Annual administration report of the Civil Veterinary Department of India - 1894-1895
Year: 1894
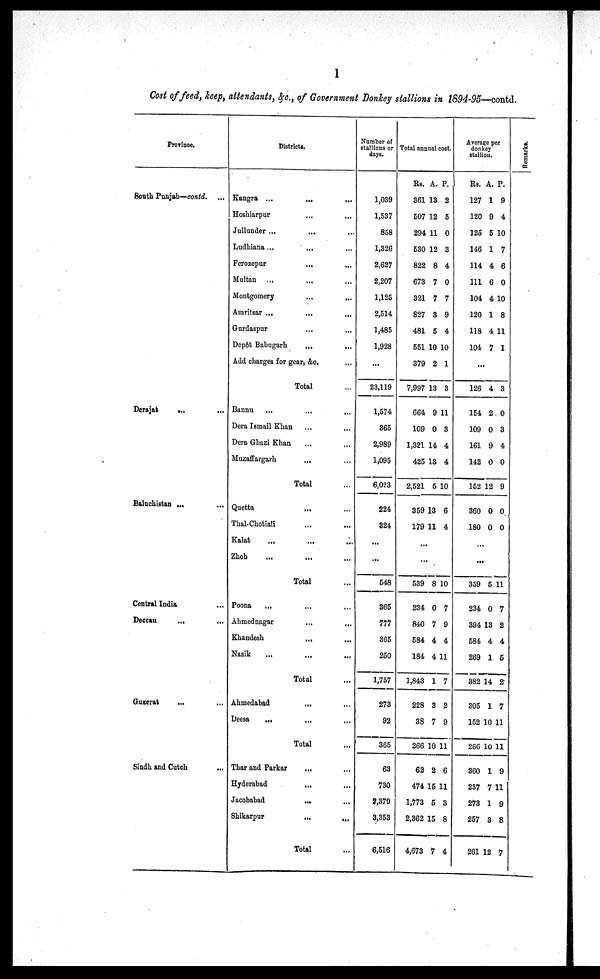
1
Cost of feed, keep, attendants, &c., of Government Donkey stallions in 1894-95—contd.
Province.
South Punjab—contd.
Derajat ... ...
Baluchistan ...
Central India
...
Deccan ... ...
Guzerat
...
...
Sindh and Cutch...
Districts
Kangra ...
...
...
Hoshiarpur...
...
Jullunder ...
...
...
Ludhiana
...
...
...
Ferozepur
...
...
Multan
...
...
...
Montgomery...
...
Amritsar ...
...
...
Gurdaspur
...
...
Depôt Babugarh
...
...
Add charges for gear, &c.
...
Total
...
Bannu ...
...
...
Dera Ismail Khan ...
...
Dera Ghazi Khan ...
...
Muzaffargarh
...
...
Total
...
Quetta
...
...
Thal-Chotiali
...
...
Kalat
...
...
...
Zhob
...
...
...
Total
...
Poona
...
...
...
Ahmednagar
...
...
Khandesh
...
...
Nasik
...
...
...
Total
...
Ahmedabad
...
...
Deesa
...
...
...
Total
...
Thar and Parkar
... ...
Hyderabad
...
...
Jacobabad
...
...
Shikarpur
... ...
Total
...
Number of
stallions or
days.
1,039
1,537
858
1,326
2,627
2,207
1,125
2,514
1,485
1,928
...
23,119
1,574
365
2,989
1,095
6,023
224
324
...
...
548
365
777
365
250
1,757
273
92
365
63
730
2,370
3,353
6,516
Total annual cost.
Rs.
361
507
294
530
822
673
321
827
481
551
379
7,997
664
109
1,321
425
2,521
359
179
A.
13
12
11
12
8
7
7
3
5
10
2
13
9
0
14
13
5
13
11
P.
2
5
0
3
4
0
7
9
4
10
1
3
11
3
4
4
10
6
4
...
...
539
234
840
584
184
1,843
228
38
266
62
474
1,773
2,362
4,673
8
0
7
4
4
1
3
7
10
2
15
5
15
7
10
7
9
4
11
7
2
9
11
6
11
3
8
4
Average per
donkey
stallion.
Rs.
127
120
125
146
114
111
104
120
118
104
A.
1
9
5
1
4
6
4
1
4
7
P.
9
4
10
7
6
0
10
8
11
1
...
126
154
109
161
142
152
360
180
4
2
0
9
0
12
0
0
3
0
3
4
0
9
0
0
...
...
359
234
394
584
269
382
305
152
266
360
237
273
257
261
5
0
13
4
1
14
1
10
10
1
7
1
3
12
11
7
2
4
5
2
7
11
11
9
11
9
8
7
Re ma r
k s
.